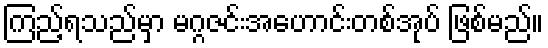
ကြည့်ရသည်မှာ မဂ္ဂဇင်းအဟောင်းတစ်အုပ် ဖြစ်မည်။